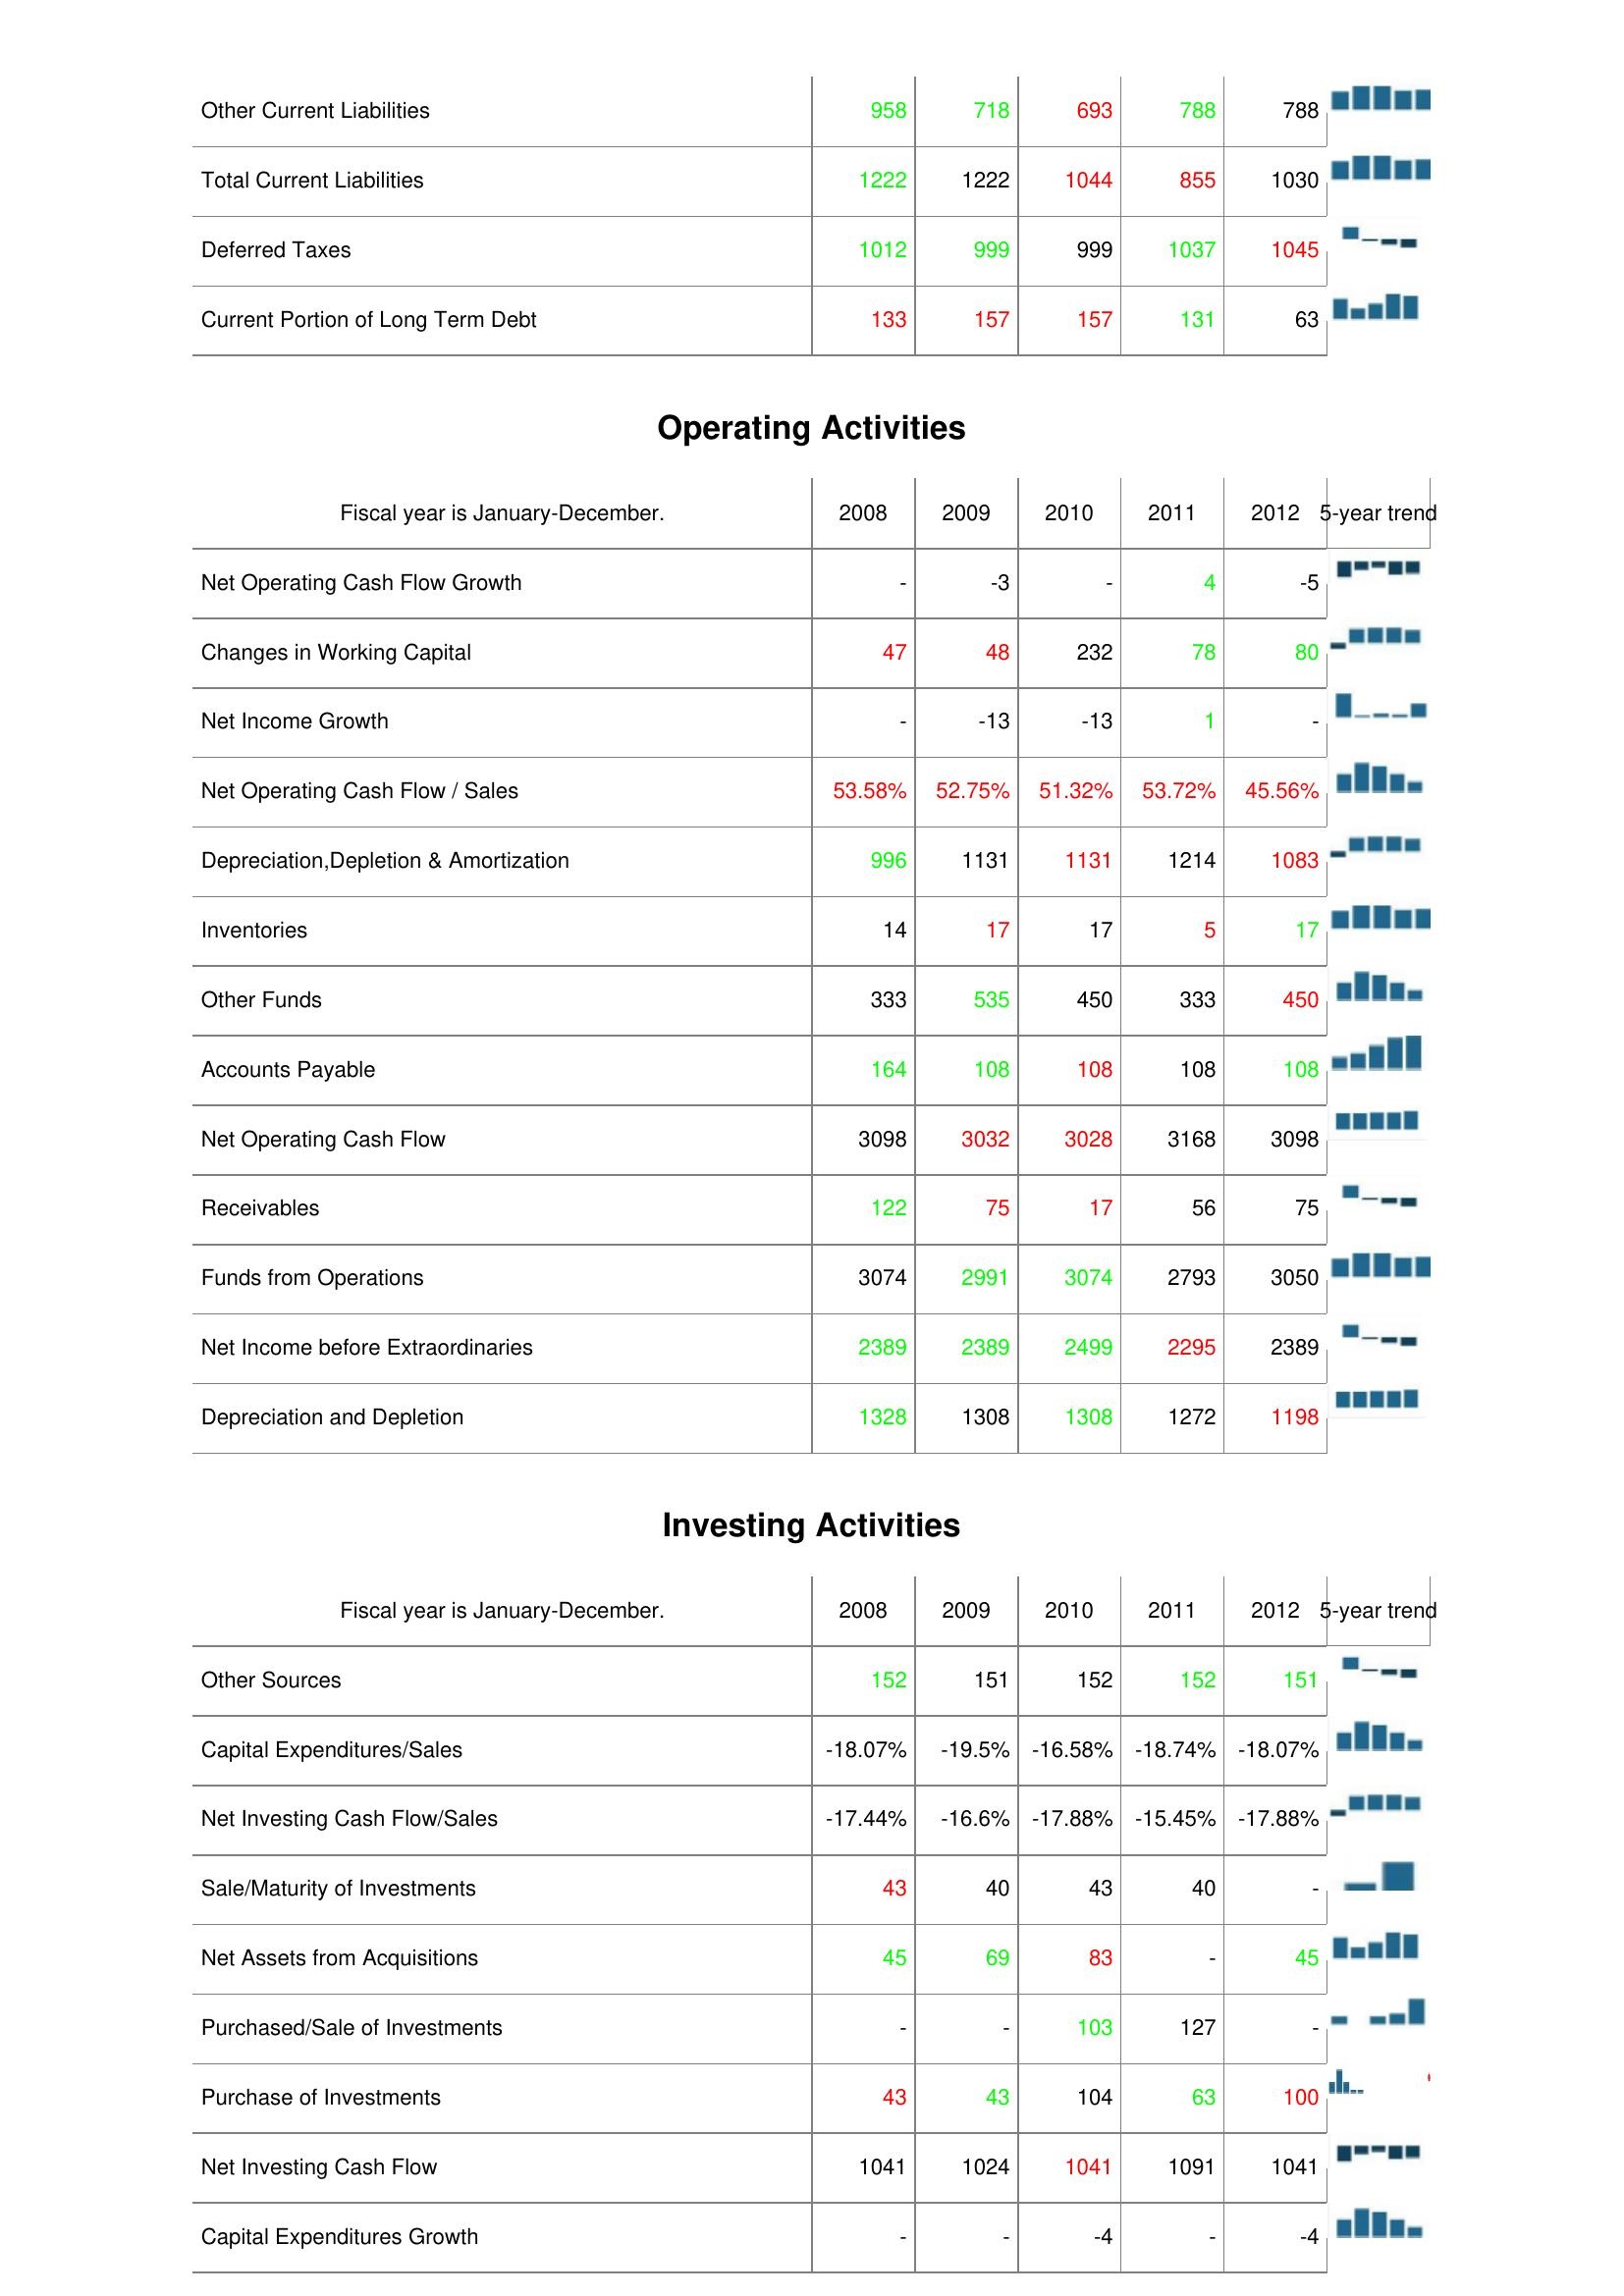
2008: Liabilities & Shareholder's Equity: Other Current Liabilities: 958
Total Current Liabilities: 1222
Deferred Taxes: 1012
Current Portion of Long Term Debt: 133
Operating Activities: Net Operating Cash Flow Growth: -
Changes in Working Capital: 47
Net Income Growth: -
Net Operating Cash Flow / Sales: 53.58%
Depreciation,Depletion & Amortization: 996
Inventories: 14
Other Funds: 333
Accounts Payable: 164
Net Operating Cash Flow: 3098
Receivables: 122
Funds from Operations: 3074
Net Income before Extraordinaries: 2389
Depreciation and Depletion: 1328
Investing Activities: Other Sources: 152
Capital Expenditures/Sales: -18.07%
Net Investing Cash Flow/Sales: -17.44%
Sale/Maturity of Investments: 43
Net Assets from Acquisitions: 45
Purchased/Sale of Investments: -
Purchase of Investments: 43
Net Investing Cash Flow: 1041
Capital Expenditures Growth: -
2009: Liabilities & Shareholder's Equity: Other Current Liabilities: 718
Total Current Liabilities: 1222
Deferred Taxes: 999
Current Portion of Long Term Debt: 157
Operating Activities: Net Operating Cash Flow Growth: -3
Changes in Working Capital: 48
Net Income Growth: -13
Net Operating Cash Flow / Sales: 52.75%
Depreciation,Depletion & Amortization: 1131
Inventories: 17
Other Funds: 535
Accounts Payable: 108
Net Operating Cash Flow: 3032
Receivables: 75
Funds from Operations: 2991
Net Income before Extraordinaries: 2389
Depreciation and Depletion: 1308
Investing Activities: Other Sources: 151
Capital Expenditures/Sales: -19.5%
Net Investing Cash Flow/Sales: -16.6%
Sale/Maturity of Investments: 40
Net Assets from Acquisitions: 69
Purchased/Sale of Investments: -
Purchase of Investments: 43
Net Investing Cash Flow: 1024
Capital Expenditures Growth: -
2010: Liabilities & Shareholder's Equity: Other Current Liabilities: 693
Total Current Liabilities: 1044
Deferred Taxes: 999
Current Portion of Long Term Debt: 157
Operating Activities: Net Operating Cash Flow Growth: -
Changes in Working Capital: 232
Net Income Growth: -13
Net Operating Cash Flow / Sales: 51.32%
Depreciation,Depletion & Amortization: 1131
Inventories: 17
Other Funds: 450
Accounts Payable: 108
Net Operating Cash Flow: 3028
Receivables: 17
Funds from Operations: 3074
Net Income before Extraordinaries: 2499
Depreciation and Depletion: 1308
Investing Activities: Other Sources: 152
Capital Expenditures/Sales: -16.58%
Net Investing Cash Flow/Sales: -17.88%
Sale/Maturity of Investments: 43
Net Assets from Acquisitions: 83
Purchased/Sale of Investments: 103
Purchase of Investments: 104
Net Investing Cash Flow: 1041
Capital Expenditures Growth: -4
2011: Liabilities & Shareholder's Equity: Other Current Liabilities: 788
Total Current Liabilities: 855
Deferred Taxes: 1037
Current Portion of Long Term Debt: 131
Operating Activities: Net Operating Cash Flow Growth: 4
Changes in Working Capital: 78
Net Income Growth: 1
Net Operating Cash Flow / Sales: 53.72%
Depreciation,Depletion & Amortization: 1214
Inventories: 5
Other Funds: 333
Accounts Payable: 108
Net Operating Cash Flow: 3168
Receivables: 56
Funds from Operations: 2793
Net Income before Extraordinaries: 2295
Depreciation and Depletion: 1272
Investing Activities: Other Sources: 152
Capital Expenditures/Sales: -18.74%
Net Investing Cash Flow/Sales: -15.45%
Sale/Maturity of Investments: 40
Net Assets from Acquisitions: -
Purchased/Sale of Investments: 127
Purchase of Investments: 63
Net Investing Cash Flow: 1091
Capital Expenditures Growth: -
2012: Liabilities & Shareholder's Equity: Other Current Liabilities: 788
Total Current Liabilities: 1030
Deferred Taxes: 1045
Current Portion of Long Term Debt: 63
Operating Activities: Net Operating Cash Flow Growth: -5
Changes in Working Capital: 80
Net Income Growth: -
Net Operating Cash Flow / Sales: 45.56%
Depreciation,Depletion & Amortization: 1083
Inventories: 17
Other Funds: 450
Accounts Payable: 108
Net Operating Cash Flow: 3098
Receivables: 75
Funds from Operations: 3050
Net Income before Extraordinaries: 2389
Depreciation and Depletion: 1198
Investing Activities: Other Sources: 151
Capital Expenditures/Sales: -18.07%
Net Investing Cash Flow/Sales: -17.88%
Sale/Maturity of Investments: -
Net Assets from Acquisitions: 45
Purchased/Sale of Investments: -
Purchase of Investments: 100
Net Investing Cash Flow: 1041
Capital Expenditures Growth: -4